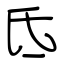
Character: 氐